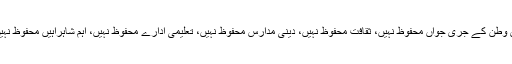
ان سفاک دھشتگردوں کے ہاتھوں پاکستان کی عوام محفوظ نہیں، اس وطن کے جری جواں محفوظ نہیں، ثقافت محفوظ نہیں، دینی مدارس محفوظ نہیں، تعلیمی ادارے محفوظ نہیں، اہم شاہراہیں محفوظ نہیں، جن کے ہاتھوں مسلمانوں کی منڈیاں کیا مساجد بھی محفوظ نہیں۔